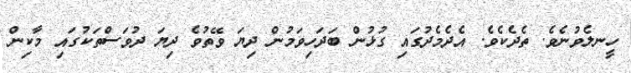
ހީނލެވުނެވެ. ތެދެކެވެ. އެދެމެދުގައި ގުޅުން ބަދަހިވަމުން ދިޔަ ވޭތުވެ ދިޔަ ދުވަސްތަކުގައި މާކިން